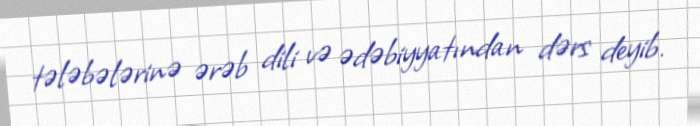
tələbələrinə ərəb dili və ədəbiyyatından dərs deyib.